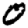
Digit: 0